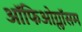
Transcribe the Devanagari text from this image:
ऑफिओग्लॉसम